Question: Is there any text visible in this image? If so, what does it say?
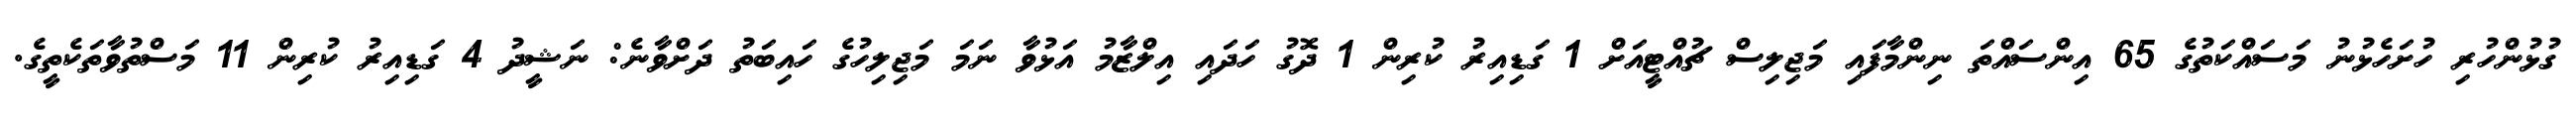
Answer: ގުޅުންހުރި ހުށަހެޅުނު މަސައްކަތުގެ 65 އިންސައްތަ ނިންމާފައި މަޖިލިސް ޗުއްޓީއަށް 1 ގަޑިއިރު ކުރިން 1 ދޮގު ހަދައި އިލްޒާމު އަޅުވާ ނަމަ މަޖިލިހުގެ ހައިބަތު ދަށްވާނެ: ނަޝީދު 4 ގަޑިއިރު ކުރިން 11 މަސްތުވާތަކެތީގެ.